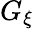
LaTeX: G_{\xi}